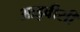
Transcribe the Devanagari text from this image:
आइवीसी